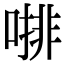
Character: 𠼕